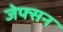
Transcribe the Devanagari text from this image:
जेफ्सन